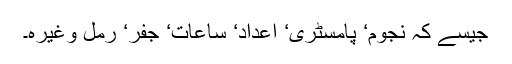
جیسے کہ نجوم‘ پامسٹری‘ اعداد‘ ساعات‘ جفر‘ رمل وغیرہ۔